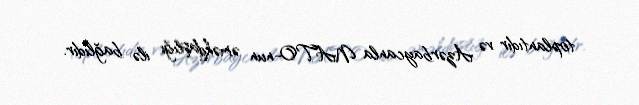
toplantıdır və Azərbaycanla NATO-nun əməkdaşlığı ilə bağlıdır.